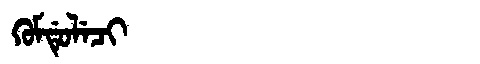
Manchu: ᡴᡠᠮᡩᡠᠯᡝᠴᡳ
Romanization: KUMDULECI